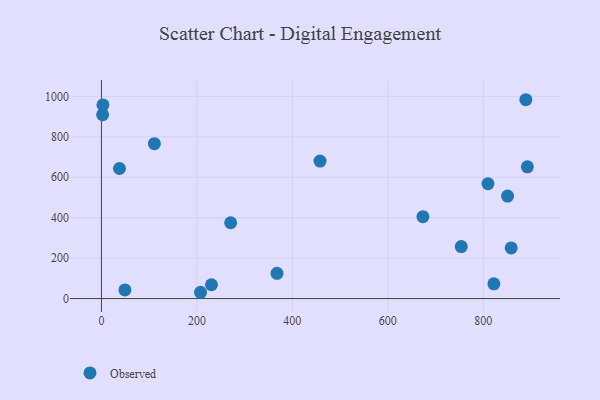
{"axis": {"x": "Study Hours", "y": "Yield"}, "legend": ["Observed"], "data": [{"x": "367.8", "y": 125.0, "type": "Observed"}, {"x": "207.6", "y": 31.1, "type": "Observed"}, {"x": "2.5", "y": 909.1, "type": "Observed"}, {"x": "858.4", "y": 250.3, "type": "Observed"}, {"x": "110.9", "y": 765.8, "type": "Observed"}, {"x": "37.8", "y": 643.2, "type": "Observed"}, {"x": "49.2", "y": 42.9, "type": "Observed"}, {"x": "457.9", "y": 680.0, "type": "Observed"}, {"x": "753.8", "y": 257.2, "type": "Observed"}, {"x": "822.1", "y": 73.0, "type": "Observed"}, {"x": "850.8", "y": 506.9, "type": "Observed"}, {"x": "892.3", "y": 651.6, "type": "Observed"}, {"x": "889.1", "y": 983.3, "type": "Observed"}, {"x": "230.5", "y": 68.4, "type": "Observed"}, {"x": "3.2", "y": 957.6, "type": "Observed"}, {"x": "270.7", "y": 375.0, "type": "Observed"}, {"x": "673.5", "y": 405.1, "type": "Observed"}, {"x": "809.8", "y": 568.2, "type": "Observed"}]}